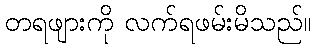
တရဖျားကို လက်ရဖမ်းမိသည်။